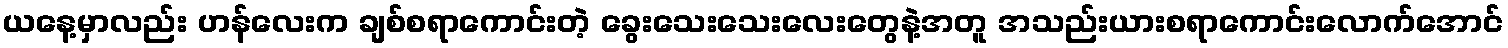
ယနေ့မှာလည်း ဟန်လေးက ချစ်စရာကောင်းတဲ့ ခွေးသေးသေးလေးတွေနဲ့အတူ အသည်းယားစရာကောင်းလောက်အောင်